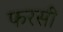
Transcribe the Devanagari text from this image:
फरसी